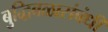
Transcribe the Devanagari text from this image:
बुद्धिबळासंबंधी